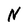
Character: N